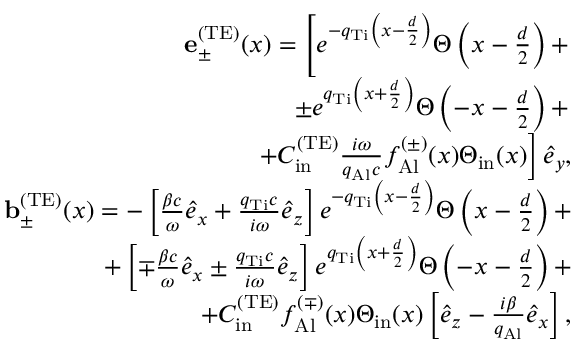
\begin{array} { r l r } & { } & { { \bf e } _ { \pm } ^ { \mathrm { ( T E ) } } ( x ) = \left[ e ^ { - q _ { \mathrm { T i } } \left( x - \frac { d } { 2 } \right) } \Theta \left( x - \frac { d } { 2 } \right) + \right. } \\ & { } & { \left. \pm e ^ { q _ { \mathrm { T i } } \left( x + \frac { d } { 2 } \right) } \Theta \left( - x - \frac { d } { 2 } \right) + \right. } \\ & { } & { \left. + { \cal C } _ { \mathrm { i n } } ^ { \mathrm { ( T E ) } } \frac { i \omega } { q _ { \mathrm { A l } } c } f _ { \mathrm { A l } } ^ { ( \pm ) } ( x ) \Theta _ { \mathrm { i n } } ( x ) \right] \hat { e } _ { y } , } \\ & { } & { { \bf b } _ { \pm } ^ { \mathrm { ( T E ) } } ( x ) = - \left[ \frac { \beta c } { \omega } \hat { e } _ { x } + \frac { q _ { \mathrm { T i } } c } { i \omega } \hat { e } _ { z } \right] e ^ { - q _ { \mathrm { T i } } \left( x - \frac { d } { 2 } \right) } \Theta \left( x - \frac { d } { 2 } \right) + } \\ & { } & { + \left[ \mp \frac { \beta c } { \omega } \hat { e } _ { x } \pm \frac { q _ { \mathrm { T i } } c } { i \omega } \hat { e } _ { z } \right] e ^ { q _ { \mathrm { T i } } \left( x + \frac { d } { 2 } \right) } \Theta \left( - x - \frac { d } { 2 } \right) + } \\ & { } & { + { \cal C } _ { \mathrm { i n } } ^ { \mathrm { ( T E ) } } f _ { \mathrm { A l } } ^ { ( \mp ) } ( x ) \Theta _ { \mathrm { i n } } ( x ) \left[ \hat { e } _ { z } - \frac { i \beta } { q _ { \mathrm { A l } } } \hat { e } _ { x } \right] , } \end{array}